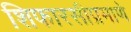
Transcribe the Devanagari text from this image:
शिफारसीप्रमाणे